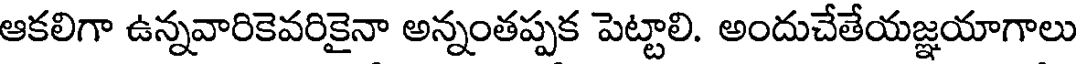
ఆకలిగా ఉన్నవారికెవరికైనా అన్నంతప్పక పెట్టాలి. అందుచేతేయజ్ఞయాగాలు